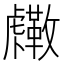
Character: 𧈓